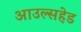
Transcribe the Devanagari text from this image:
आउल्सहेड